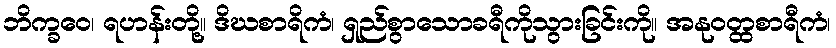
ဘိက္ခဝေ၊ ရဟန်းတို့။ ဒိဃစာရိကံ၊ ရှည်စွာသောခရီကိုသွားခြင်းကို။ အနုဝတ္ထစာရီကံ၊